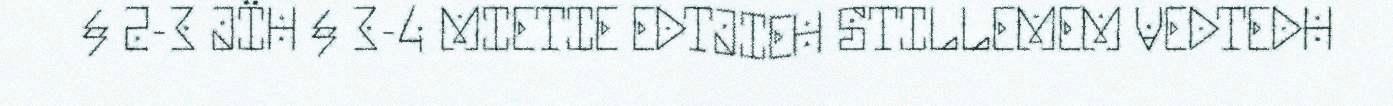
§ 2-3 JÏH § 3-4 MIETIE EDTJIEH STILLEMEM VEDTEDH